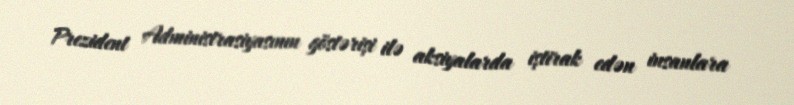
Prezident Administrasiyasının göstərişi ilə aksiyalarda iştirak edən insanlara